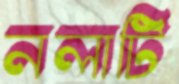
নলাটি